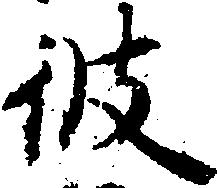
彼